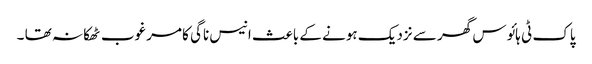
پاک ٹی ہائوس گھر سے نزدیک ہونے کے باعث انیس ناگی کا مرغوب ٹھکانہ تھا ۔